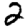
Digit: 2